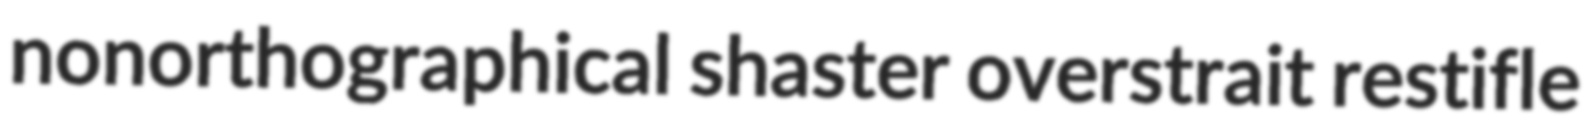
nonorthographical shaster overstrait restifle